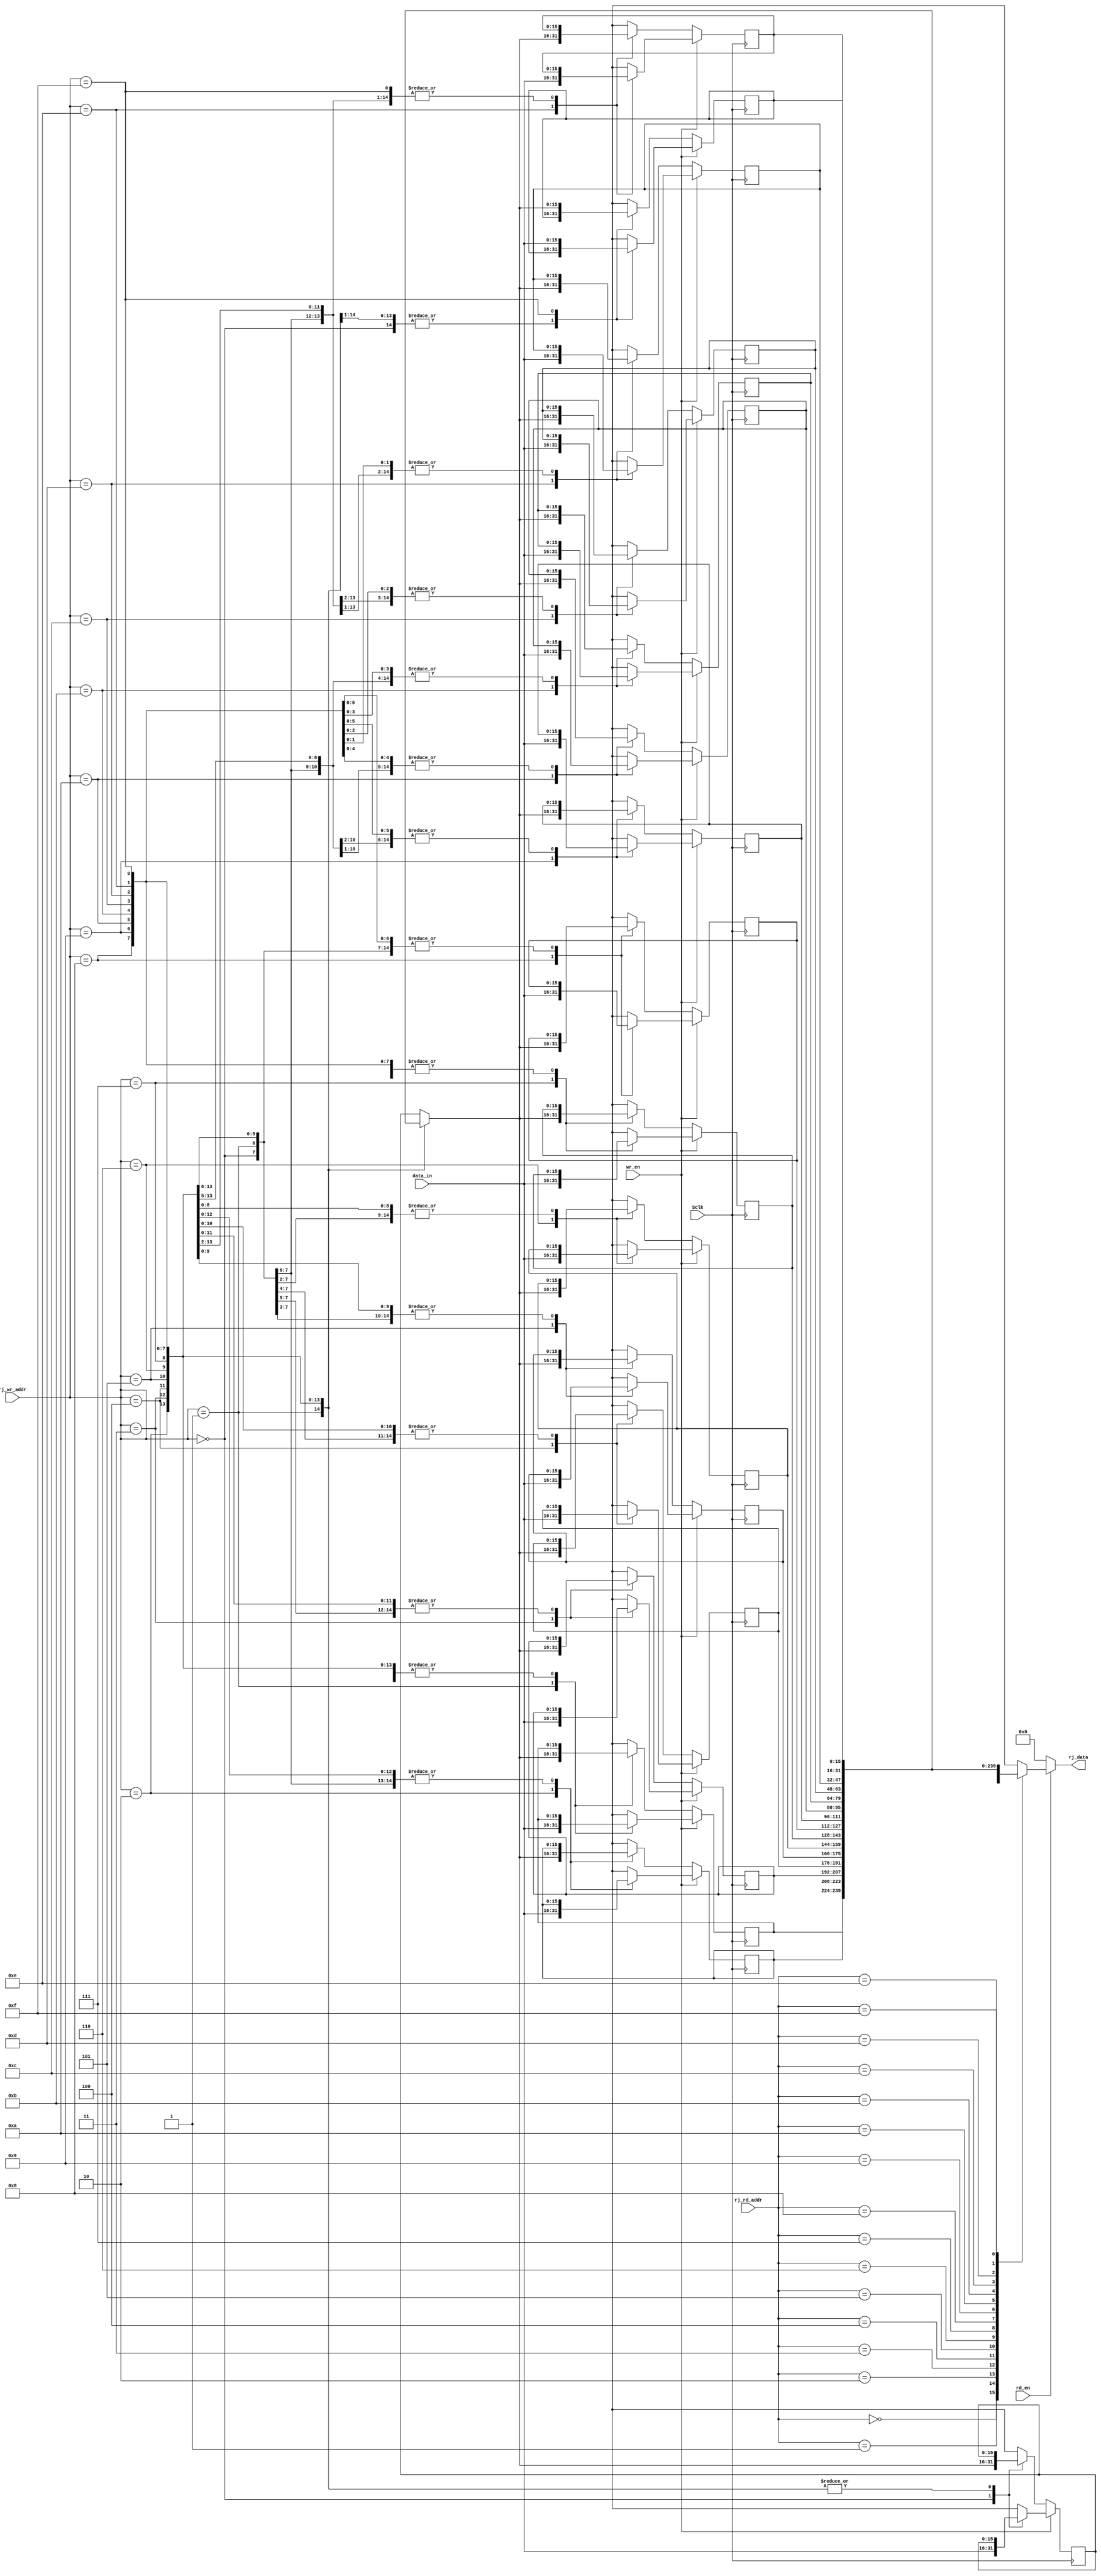
module rj_memory (input wr_en, rd_en, Sclk,
						input [3:0] rj_wr_addr, rj_rd_addr,
						input [15:0] data_in,
						output [15:0] rj_data);
	reg [15:0] rj_mem [0:15];
	always @(negedge Sclk)
	begin
		if(wr_en == 1'b1)
			rj_mem[rj_wr_addr] = data_in;
		else
			rj_mem[rj_wr_addr] = rj_mem[rj_wr_addr];		
	end
	assign rj_data = (rd_en) ? rj_mem[rj_rd_addr] : 16'd0;
endmodule